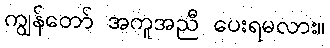
ကျွန်တော် အကူအညီ ပေးရမလား။